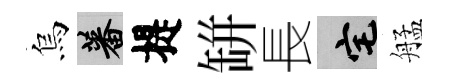
烏蕃提缾長宅艋